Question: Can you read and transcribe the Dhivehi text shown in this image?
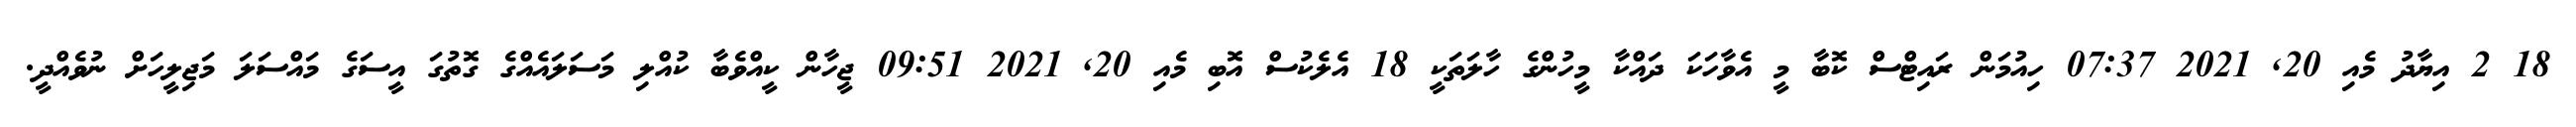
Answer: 18 2 އިޔާދު މެއި 20, 2021 07:37 ހިއުމަން ރައިޓްސް ކޮބާ މީ އެވާހަކަ ދައްކާ މީހުންގެ ހާލަތަކީ 18 އެލެކުސް އޮބި މެއި 20, 2021 09:51 ޖީހާން ކީއްވެބާ ކުއްލި މަސަލައެއްގެ ގޮތުގަ އީސަގެ މައްސަލަ މަޖިލީހަށް ނުވެއްދީ.